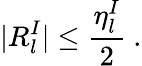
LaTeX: |R_{l}^{I}|\leq\frac{\eta_{l}^{I}}{2}\ .